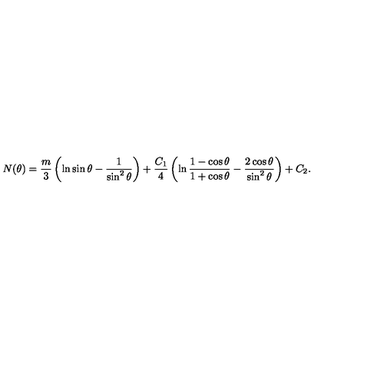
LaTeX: N ( \theta ) = \frac { m } 3 \left( \ln \sin \theta - \frac 1 { \sin ^ { 2 } \theta } \right) + \frac { C _ { 1 } } 4 \left( \ln \frac { 1 - \cos \theta } { 1 + \cos \theta } - \frac { 2 \cos \theta } { \sin ^ { 2 } \theta } \right) + C _ { 2 } .